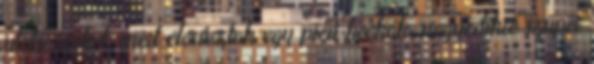
utolsó csikot, mert elcsúsztak egy picit kockák. negyedikre szuper